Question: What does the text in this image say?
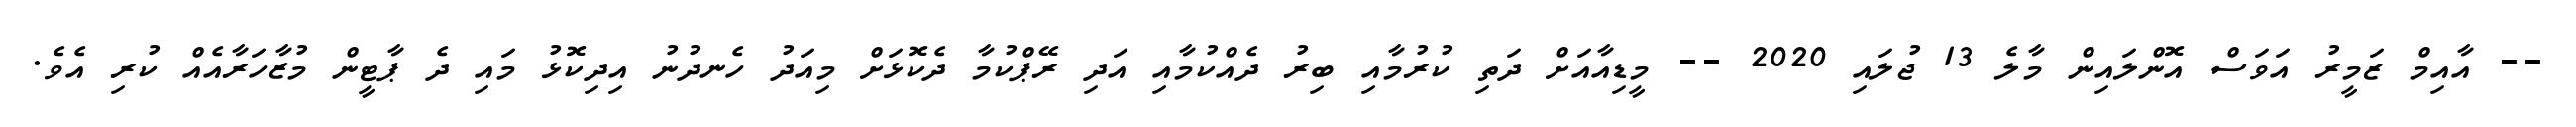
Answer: -- އާއިމް ޒަމީރު އަވަސް އޮންލައިން މާލެ 13 ޖުލައި 2020 -- މީޑިއާއަށް ދަތި ކުރުމާއި ބިރު ދެއްކުމާއި އަދި ރޭޕްކުމާ ދެކޮޅަށް މިއަދު ހެނދުނު އިދިކޮޅު މައި ދެ ޕާޓީން މުޒާހަރާއެއް ކުރި އެވެ.